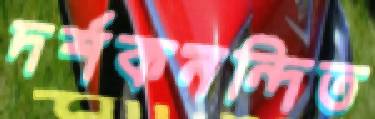
দর্শকনন্দিত